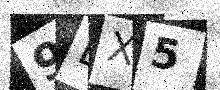
Text: 9LX5